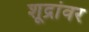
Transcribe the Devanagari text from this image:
शूद्रांवर